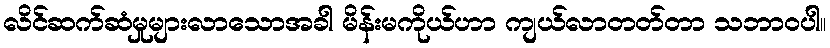
လိင်ဆက်ဆံမှုများလာသောအခါ မိန်းမကိုယ်ဟာ ကျယ်လာတတ်တာ သဘာဝပါ။